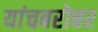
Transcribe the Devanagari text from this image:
यांचबरोबर